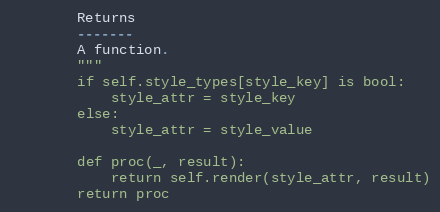
Language: Python
        Returns
        -------
        A function.
        """
        if self.style_types[style_key] is bool:
            style_attr = style_key
        else:
            style_attr = style_value

        def proc(_, result):
            return self.render(style_attr, result)
        return proc